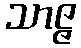
သာဇ္ဇ